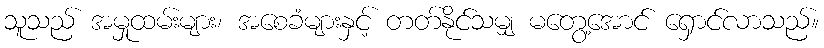
သူသည် အမှုထမ်းများ၊ အစေခံများနှင့် တတ်နိုင်သမျှ မတွေ့အောင် ရှောင်လာသည်။